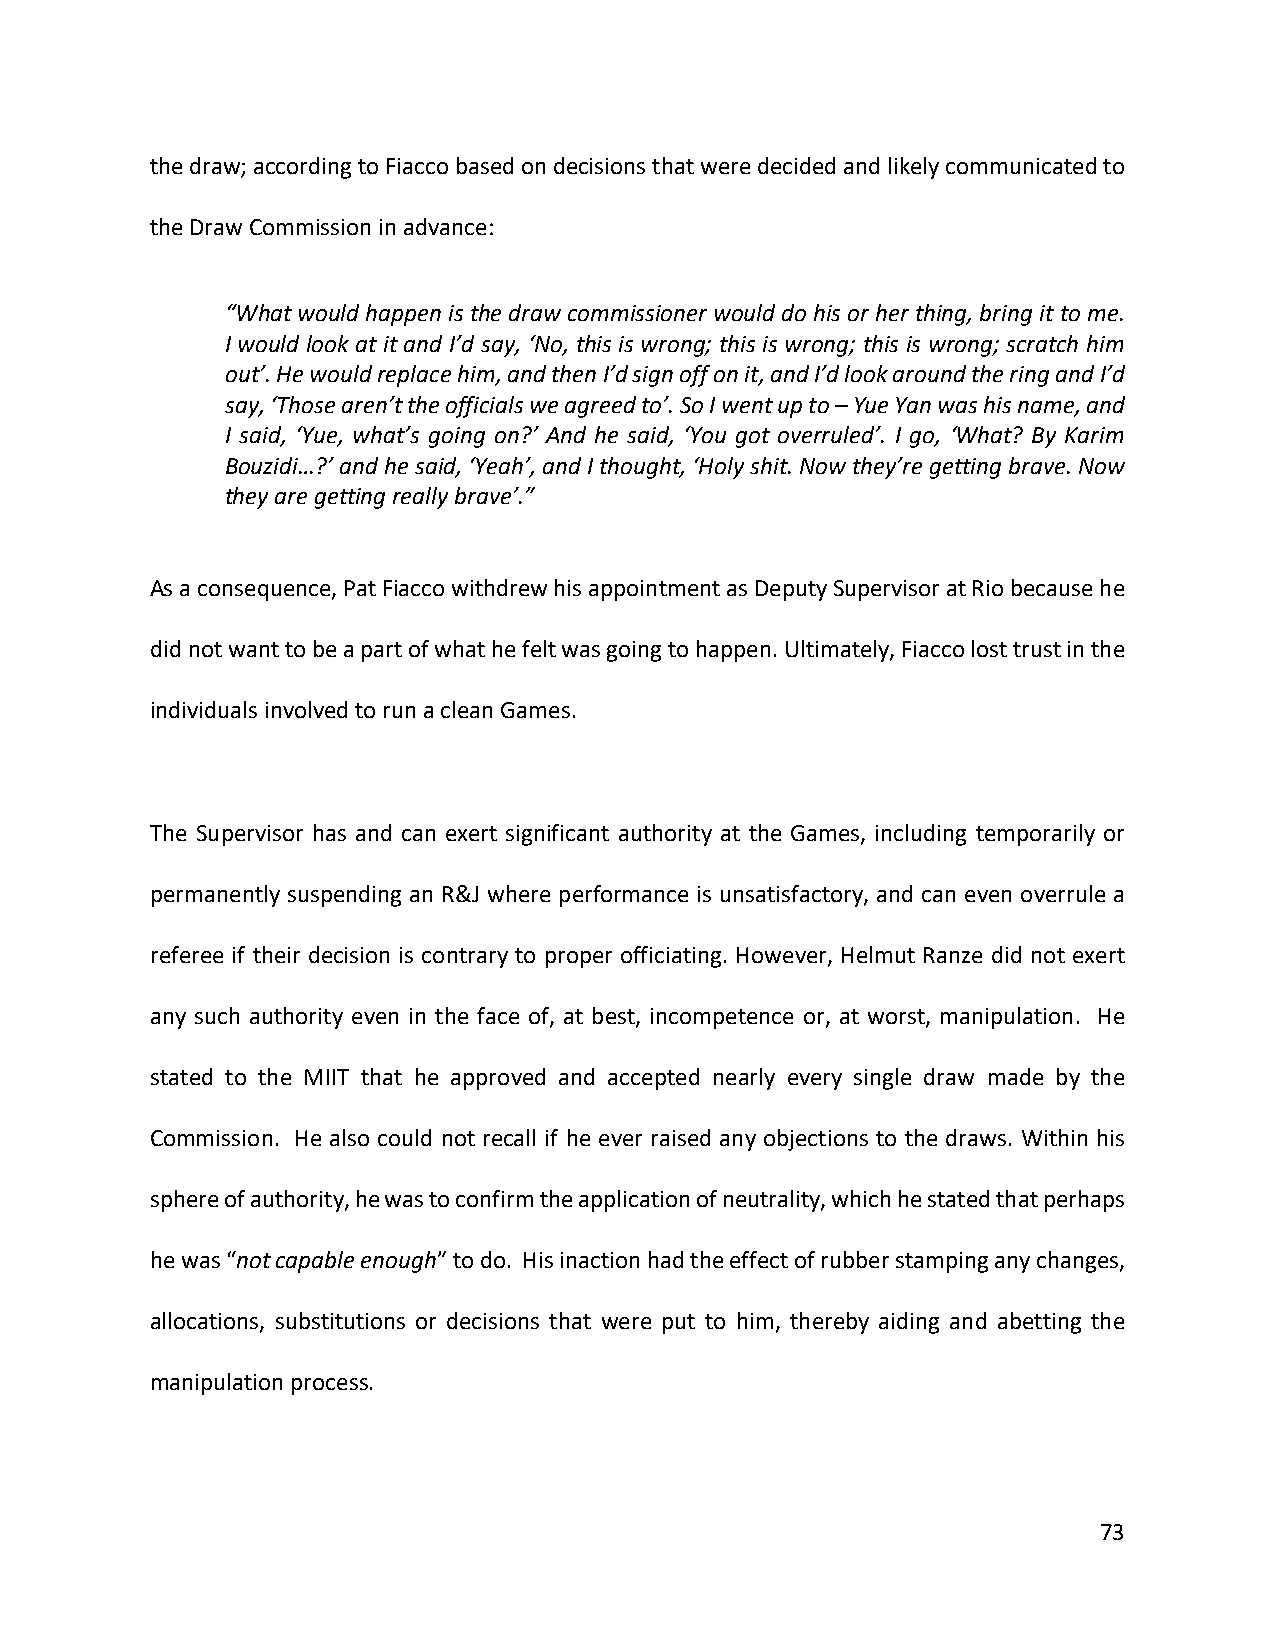
the draw; according to Fiacco based on decisions that were decided and likely communicated to
 the Draw Commission in advance:
 “What would happen is the draw commissioner would do his or her thing, bring it to me.
 I would look at it and I’d say, ‘No, this is wrong; this is wrong; this is wrong; scratch him
 out’. He would replace him, and then I’d sign off on it, and I’d look around the ring and I’d
 say, ‘Those aren’t the officials we agreed to’. So I went up to – Yue Yan was his name, and
 I said, ‘Yue, what’s going on?’ And he said, ‘You got overruled’. I go, ‘What? By Karim
 Bouzidi…?’ and he said, ‘Yeah’, and I thought, ‘Holy shit. Now they’re getting brave. Now
 they are getting really brave’.”
 As a consequence, Pat Fiacco withdrew his appointment as Deputy Supervisor at Rio because he
 did not want to be a part of what he felt was going to happen. Ultimately, Fiacco lost trust in the
 individuals involved to run a clean Games.
 The Supervisor has and can exert significant authority at the Games, including temporarily or
 permanently suspending an R&J where performance is unsatisfactory, and can even overrule a
 referee if their decision is contrary to proper officiating. However, Helmut Ranze did not exert
 any such authority even in the face of, at best, incompetence or, at worst, manipulation. He
 stated to the MIIT that he approved and accepted nearly every single draw made by the
 Commission. He also could not recall if he ever raised any objections to the draws. Within his
 sphere of authority, he was to confirm the application of neutrality, which he stated that perhaps
 he was “not capable enough” to do. His inaction had the effect of rubber stamping any changes,
 allocations, substitutions or decisions that were put to him, thereby aiding and abetting the
 manipulation process.
 73